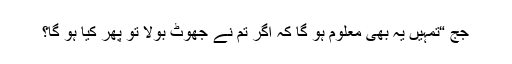
جج “تمہیں یہ بھی معلوم ہو گا کہ اگر تم نے جھوٹ بولا تو پھر کیا ہو گا؟